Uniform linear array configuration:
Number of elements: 8
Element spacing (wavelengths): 1
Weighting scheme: uniform
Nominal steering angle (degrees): -45
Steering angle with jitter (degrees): -46.539
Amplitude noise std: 0.05
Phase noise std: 0.05

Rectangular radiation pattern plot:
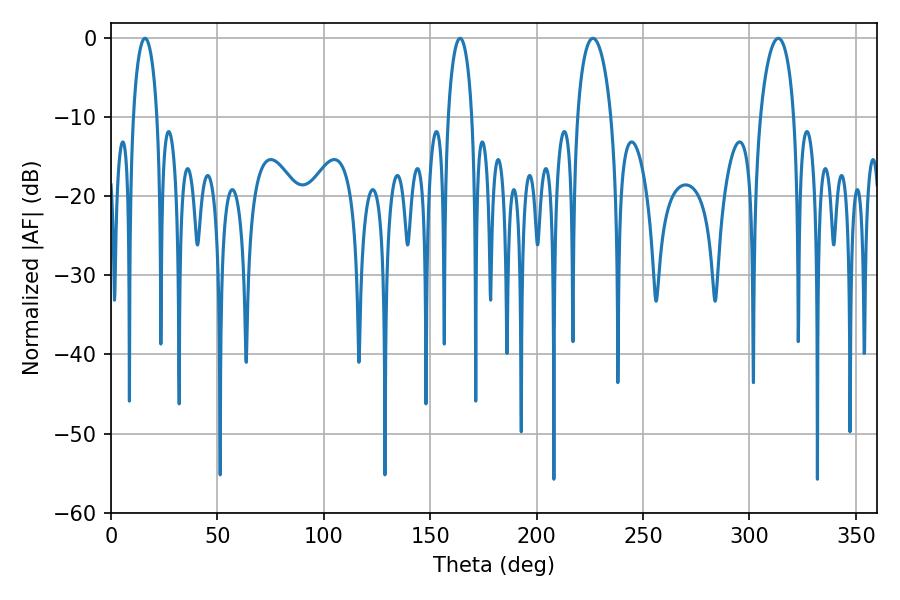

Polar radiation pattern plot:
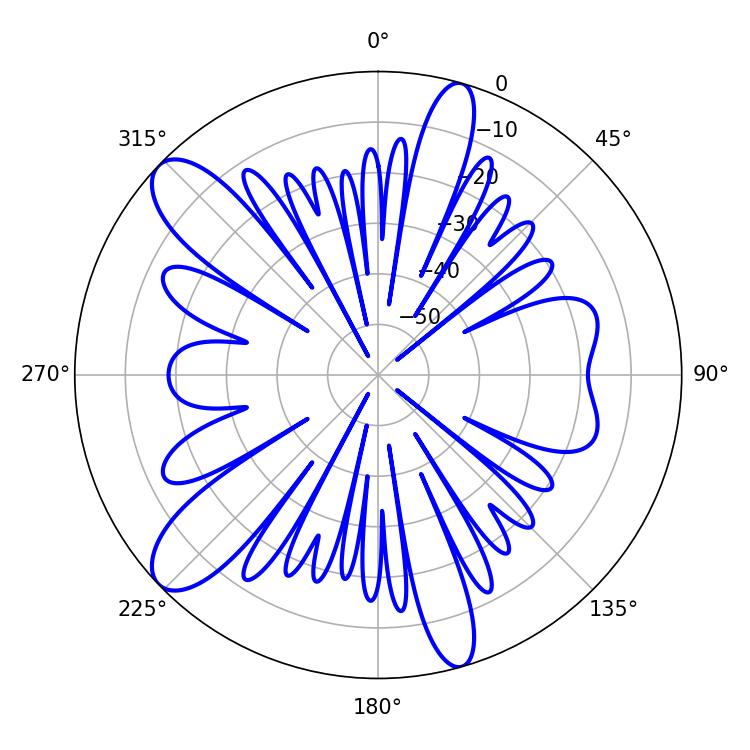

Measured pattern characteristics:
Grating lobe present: TRUE
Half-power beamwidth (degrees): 9
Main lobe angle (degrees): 226.44